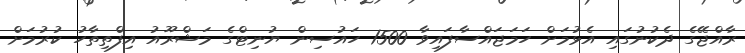
ރާއްޖޭގެ ދެކުނުގައި އެޅުމަށް ހަމަޖައްސާފައިވާ 1500 ހައުސިން ޔުނިޓްގެ މަޝްރޫއު އިފްތިތާހު ކުރުމަށް